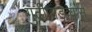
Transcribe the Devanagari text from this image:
गुढीपाडव्यास